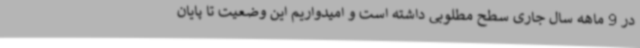
در 9 ماهه سال جاری سطح مطلوبی داشته است و امیدواریم این وضعیت تا پایان